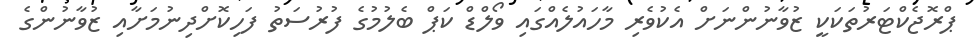
ޕްރޮޖެކްޓަރުތަކަކީ ޒުވާނުންނަށް އެކުވެރި މާހައުލެއްގައި ވޯލްޑް ކަޕް ބެލުމުގެ ފުރުސަތު ފަހިކޮށްދިނުމަށާއި ޒުވާނުންގެ